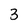
Character: 3